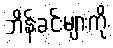
ဘိန်းခင်းများကို